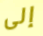
إلى